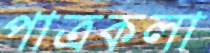
পাত্রকলা